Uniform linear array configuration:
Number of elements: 12
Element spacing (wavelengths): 0.25
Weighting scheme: hamming
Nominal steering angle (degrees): -30
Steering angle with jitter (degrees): -31.403
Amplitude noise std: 0.05
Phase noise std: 0.05

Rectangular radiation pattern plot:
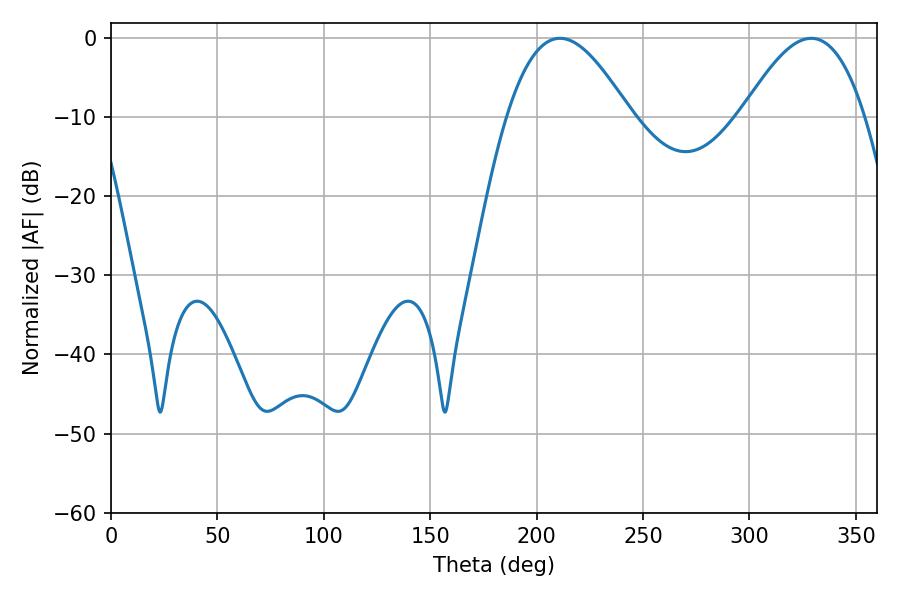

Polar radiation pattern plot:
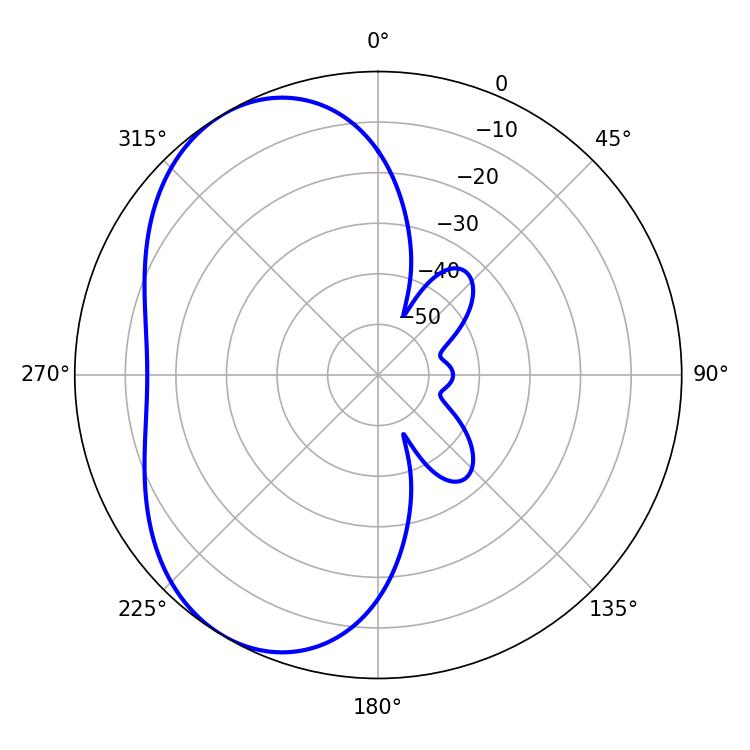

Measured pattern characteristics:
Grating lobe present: FALSE
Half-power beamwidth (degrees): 31.5
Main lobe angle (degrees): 210.96